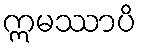
ဣမဿာပိ